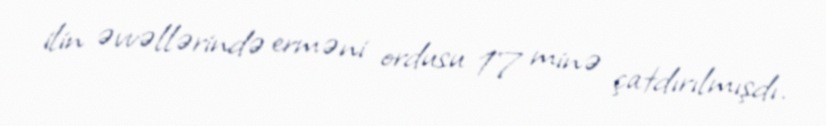
ilin əvvəllərində erməni ordusu 17 minə çatdırılmışdı.